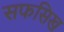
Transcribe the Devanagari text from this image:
सफसिख